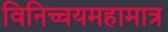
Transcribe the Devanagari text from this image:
विनिच्चयमहामात्र